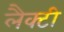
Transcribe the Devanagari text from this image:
लैक्टी